Scientific memoirs by medical officers of the Army of India - Part III,
Year: 1887
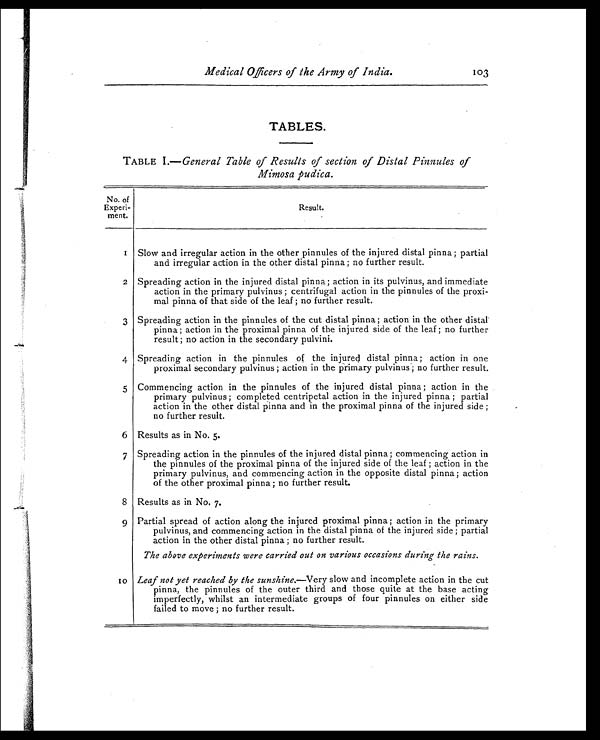
Medical Officers of the Army of India .
103
TABLES.
TABLE I.— General Table of Results of section of Distal Pinnules of
Mimosa pudica.
No. of
Experi -
ment.
Resul t.
1 Slow and irregular action in the other pinnules of the injured distal pinna ; partial
and irregular action in the other distal pinna ; no further result.
2 Spreading action in the injured distal pinna; action in its pulvinus, and immediate
action in the primary pulvinus ; centrifugal action in the pinnules of the proxi-
mal pinna of that side of the leaf ; no further result.
3 Spreading action in the pinnules of the cut distal pinna ; action in the other distal'
pinna ; action in the proximal pinna of the injured side of the leaf ; no further
result ; no action in the secondary pulvini.
4 Spreading action in the pinnules of the injured distal pinna ; action in one
proximal secondary pulvinus ; action in the primary pulvinus'; no further result.
5 Commencing action in the pinnules of the injured distal pinna ; action in the
primary pulvinus ; completed centripetal action in the injured pinna ; partial
action in the other distal pinna and in the proximal pinna of the injured side ;
no further result.
6 Results as in No. 5.
7 Spreading action in the pinnules of the injured distal pinna ; commencing action in
the pinnules of the proximal pinna of the injured side of the leaf ; action in the
primary pulvinus, and commencing action in the opposite distal pinna ; action
of the other proximal pinna; no further result.
8 Results as in No. 7.
9 Partial spread of action along the injured proximal pinna ; action in the primary
pulvinus, and commencing action in the distal pinna of the injured side ; partial
action in the other distal pinna ; no further result.
The above experiments were carried out on various occasions during the rains .
10 Leaf not yet reached by the sunshine.—Very slow and incomplete action in the cut
pinna, the pinnules of the outer third and those quite at the base acting
imperfectly, whilst an intermediate groups of four pinnules on either side
failed to move ; no further result.